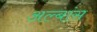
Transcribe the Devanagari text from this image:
अल्बांस